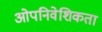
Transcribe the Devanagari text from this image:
ओपनिवेशिकता